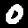
Digit: 0